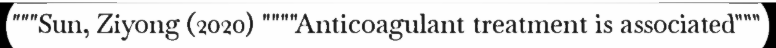
"""Sun, Ziyong (2020) """"Anticoagulant treatment is associated"""